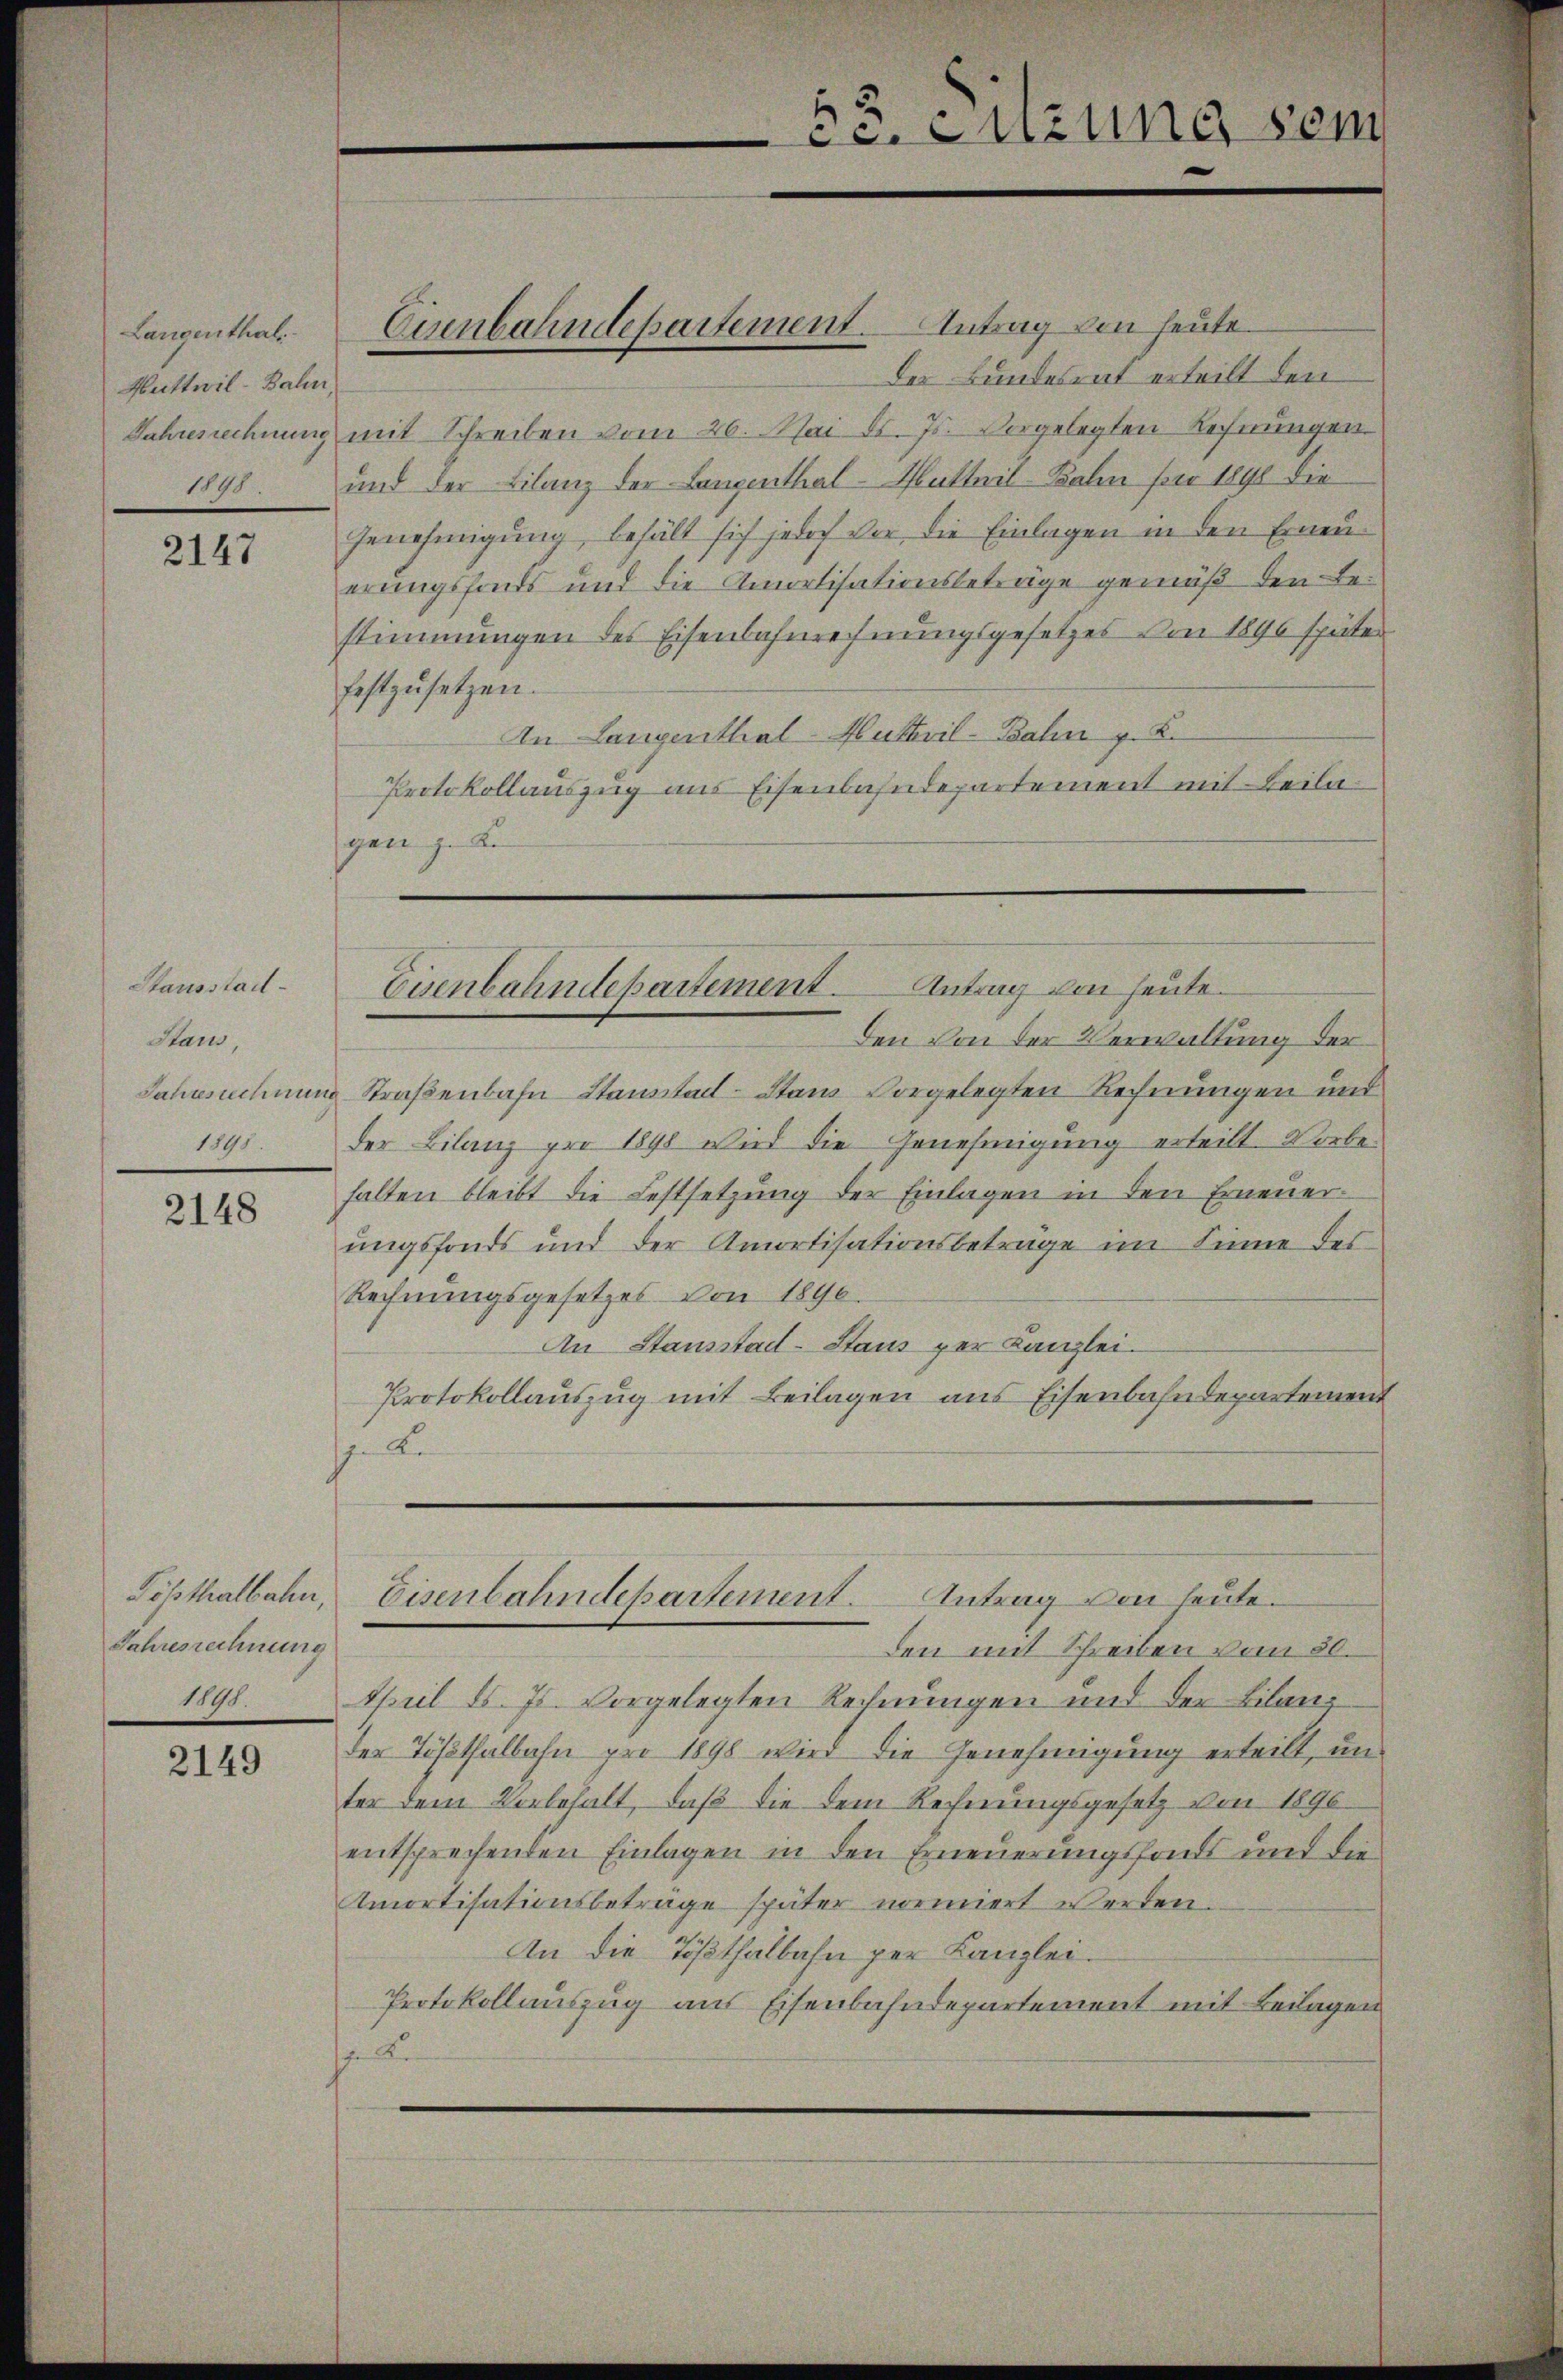
Langenthal
Huttwil-Bahn
Jahresrechnung
5

2147

Stausstad
Staus,
Jahrschnung
1895.

2148

Jahresrechnung
1845.

2149

der Bundesrat erteilt den
mit Schreiben vom 26. Mai d. Js. vorgelegten Rechnungen
und der Bilanz der Langenthal-Platteil Kalen per 1890 die
Genehmigung, behält sich jedoch vor die Einlagen in den Erneuerungsfonds und die Amortisationsbeträge gemäß den Bestimmungen des Eisenbahnrechnungsgesetzes von 1896 später
festzusetzen.
An Langenthal-Muthwil-Bahn z. B.
Protokollauszug aus Eisenbahndepartement mit Beilagan z. K.
Esenbahndepartement. Antrag von heute.
Den von der Verwaltung der
Straßenbahn-Stanstadt Stand vorgelegten Rechnungen und
der Bilanz pro 1898 wird die Genehmigung erteilt. Vorbe-
halten bleibt die Festsetzung der Einlagen in den Erneuerungsfonds und der Amortisationsbeträge im Sinne des
Rechnungsgesetzes von 1890.
An Stausstad-Staus per Kanzlei.
Protokollauszug mit Beilagen aus Eisenbahndepartement
 Le

Eisenbahndepartement. Antrag von heute.

53. Sitzung sein

Tößthalbahn, Eisenbahndepartement. Antrag von heute.

den mit Schreiben vom 30.
April l. Js. vorgelegten Rechnungen und der Bilanz
der Tößthalbahn pro 1898 wird die Genehmigung erteilt, un
ter dem Vorbehalt, daß die dem Rechnungsgesetz von 1896
entsprechenden Einlagen in den Erneuerungsfonds und die
Amortisationsbeträge später normiert werden.
An die Tößthalbahn per Kanzlei.
Protokollauszug aus Eisenbahndepartement mit Beilagen
 Ke